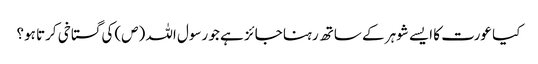
کیا عورت کا ایسے شوہر کے ساتھ رہنا جائز ہے جو رسول اللہ (ص) کی گستاخی کرتا ہو؟